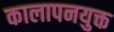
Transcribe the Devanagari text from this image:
कालापनयुक्त